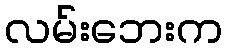
လမ်းဘေးက